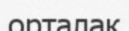
орталақ